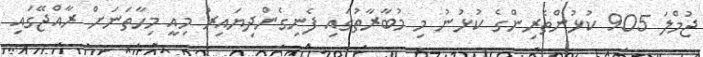
ޖުމްލަ 905 ކުޅުންތެރިންގެ ކުޅުނު މި މުބާރާތުގައި ފެނިގެންދިޔައިރު މިއީ މިހާތަނަށް ރާއްޖޭގައި